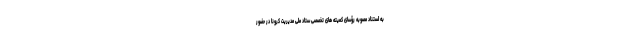
به استناد مصوبه رؤسای کمیته های تخصصی ستاد ملی مدیریت کرونا در حضور